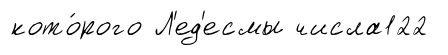
кото́рого Л'ед'есмы числа122